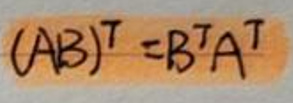
$(AB)^T = B^T A^T$